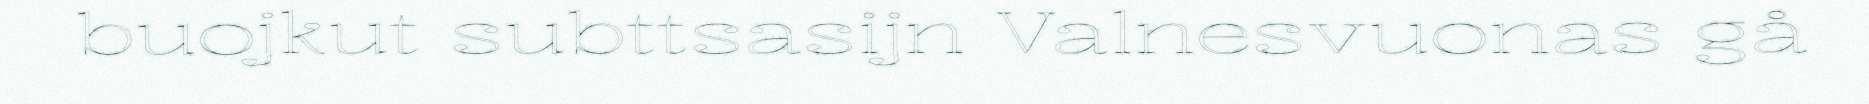
buojkut subttsasijn Valnesvuonas gå